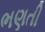
ભણતી